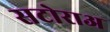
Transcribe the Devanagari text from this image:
सटोराअ